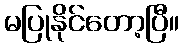
မပြုနိုင်တော့ပြီ။